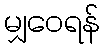
မျှဝေရန်